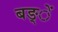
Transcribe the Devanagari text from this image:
बङ्ें